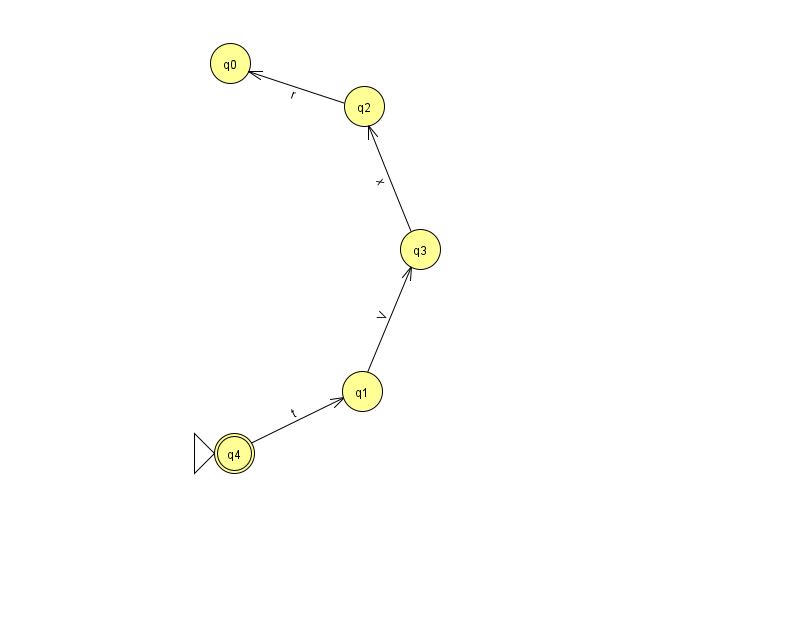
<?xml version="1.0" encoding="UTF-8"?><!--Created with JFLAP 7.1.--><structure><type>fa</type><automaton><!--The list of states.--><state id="0" name="q0"><x>230.0</x><y>50.0</y></state><state id="1" name="q1"><x>362.0</x><y>378.0</y></state><state id="2" name="q2"><x>364.0</x><y>93.0</y></state><state id="3" name="q3"><x>420.0</x><y>236.0</y></state><state id="4" name="q4"><x>234.0</x><y>440.0</y><initial/><final/></state><!--The list of transitions.--><transition><from>3</from><to>2</to><read>x</read></transition><transition><from>2</from><to>0</to><read>r</read></transition><transition><from>4</from><to>1</to><read>t</read></transition><transition><from>1</from><to>3</to><read>V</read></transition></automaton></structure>